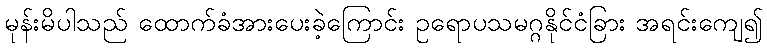
မုန်းမိပါသည် ထောက်ခံအားပေးခဲ့ကြောင်း ဥရောပသမဂ္ဂနိုင်ငံခြား အရင်းကျေ၍